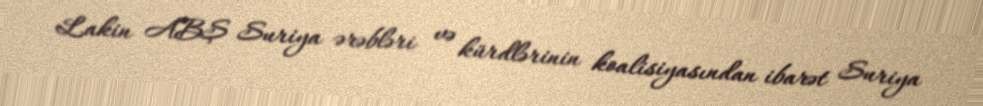
Lakin ABŞ Suriya ərəbləri və kürdlərinin koalisiyasından ibarət Suriya